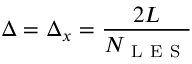
\Delta = \Delta _ { x } = \frac { 2 L } { N _ { \mathrm { ~ L ~ E ~ S ~ } } }